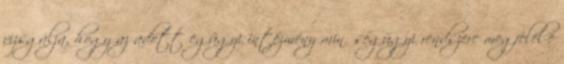
vizsgálja, hogy az adott egügyi intézmény minőségügyi rendszere megfelel-e